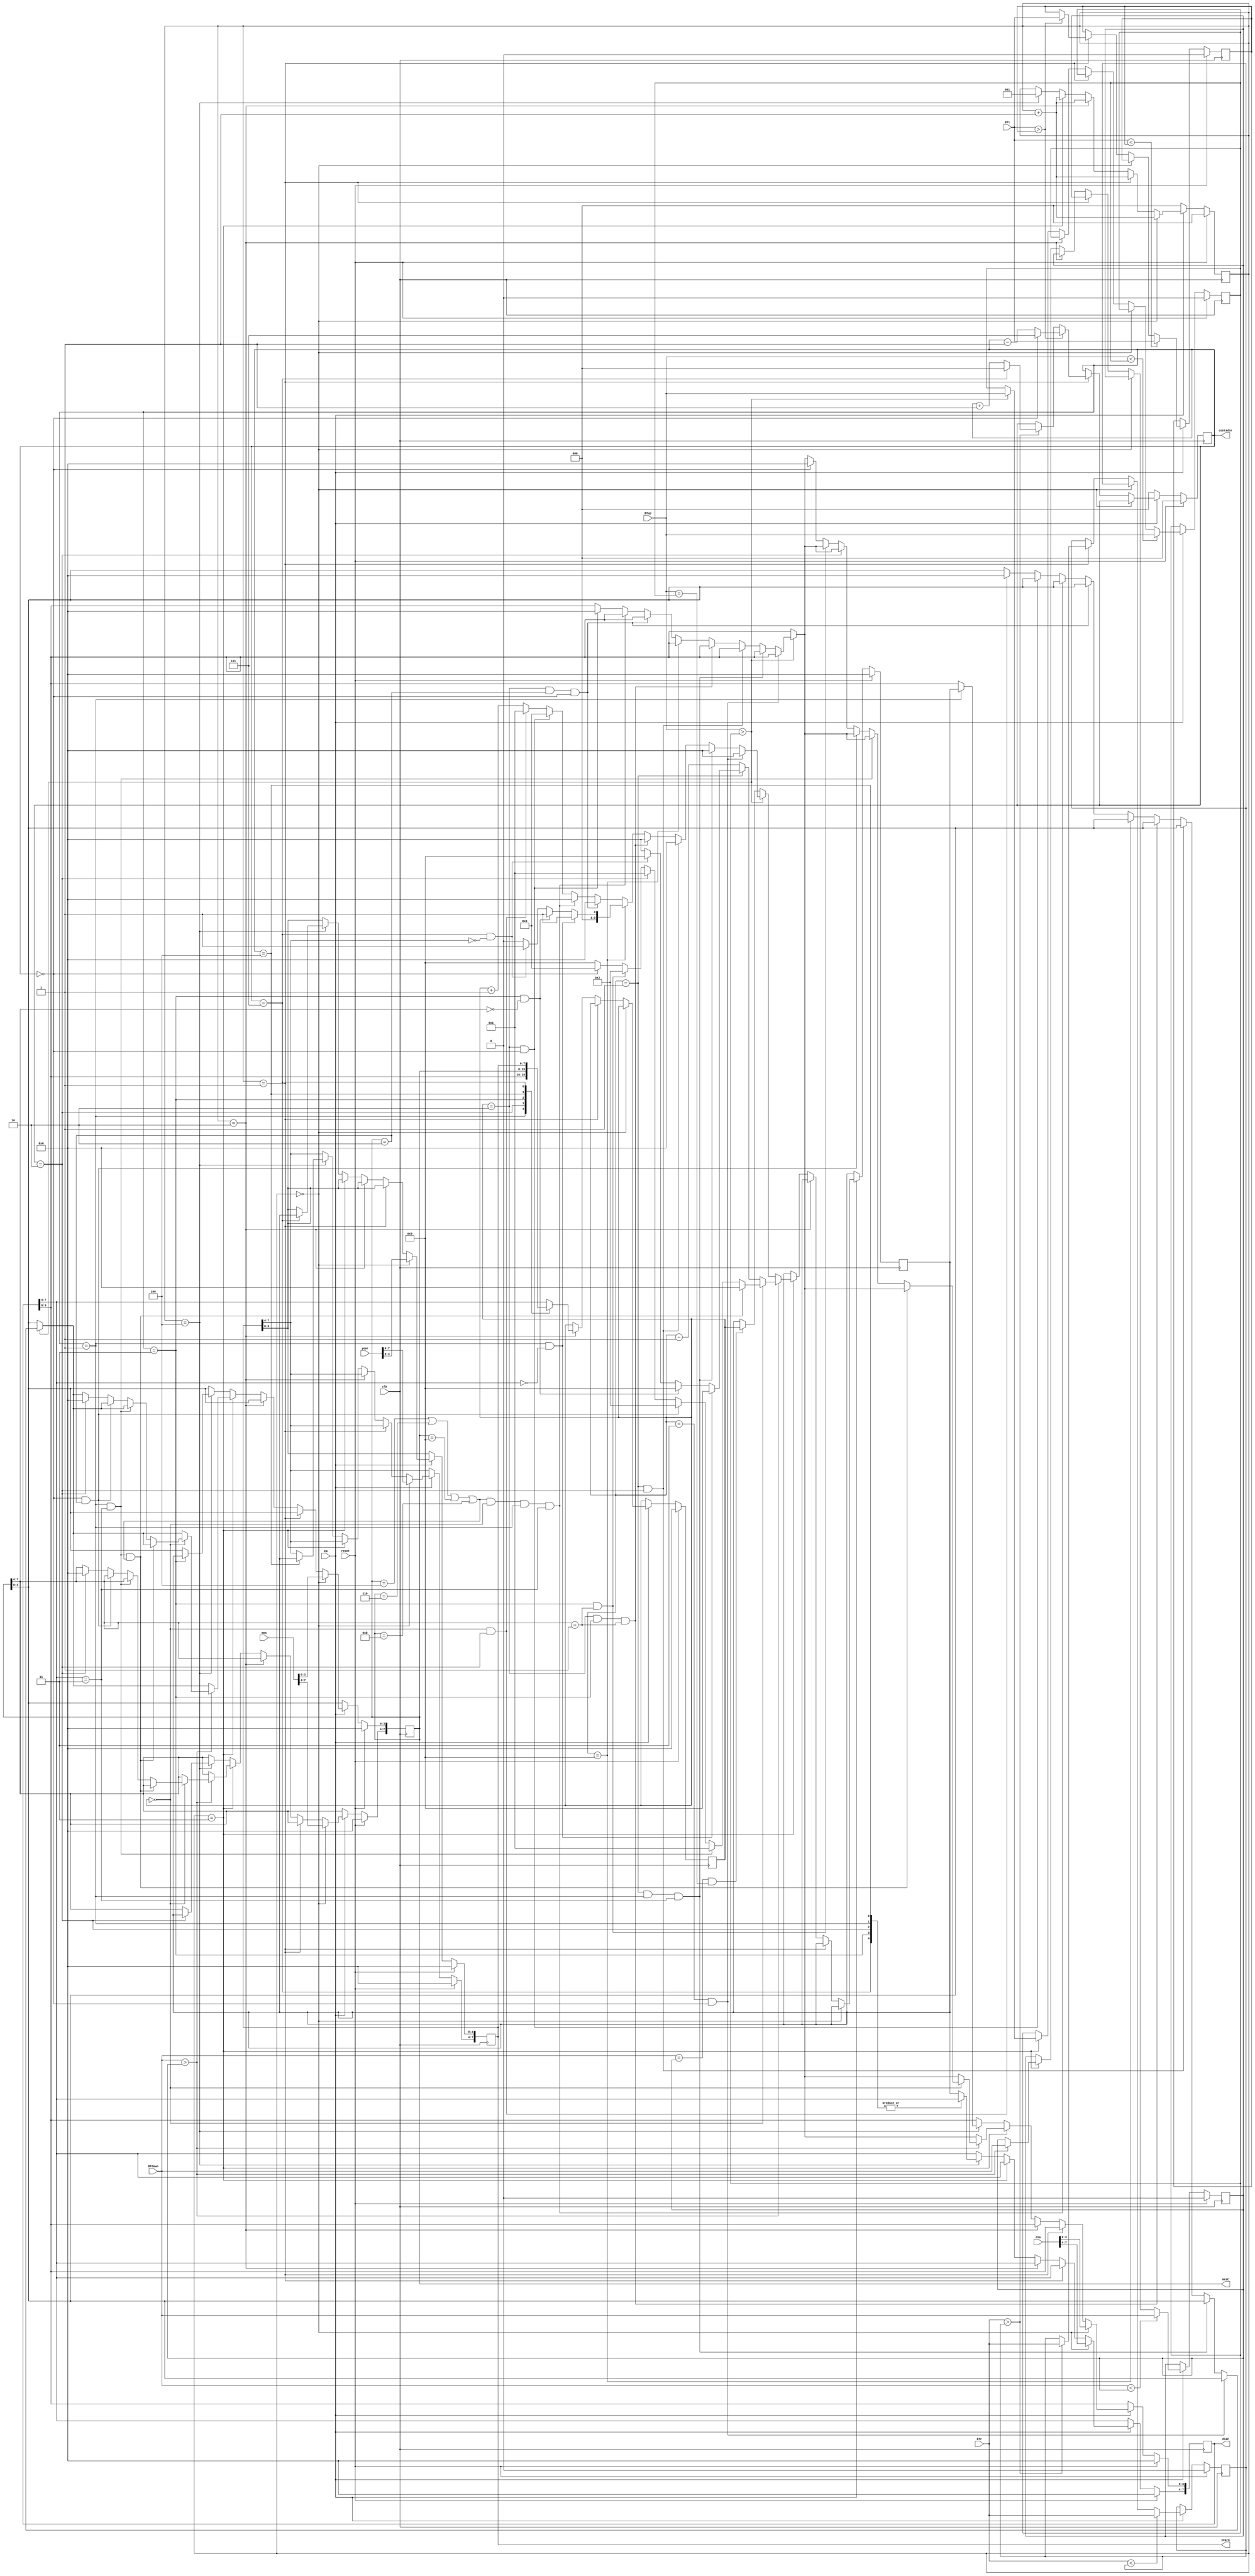
`timescale 1ns / 1ps
//////////////////////////////////////////////////////////////////////////////////
// Company: 
// Engineer: 
// 
// Design Name: 
// Module Name:    EscrituraFecha 
// Project Name: 
// Target Devices: 
// Tool versions: 
// Description: 
//
// Dependencies: 
//
// Revision: 
// Revision 0.01 - File Created
// Additional Comments: 
//
//////////////////////////////////////////////////////////////////////////////////
module EscrituraFecha(
    input [7:0] dia,
    input [7:0] mes,
    input [7:0] year,
	 input EN,
    input BTup,
    input BTdown,
    input BTl,
    input BTr,
	 input clk,
	 input reset,
    output reg [7:0] diaC,
    output reg [7:0] mesC,
    output reg [7:0] yearC,
	 output reg [2:0]contador
    );
	 
	 reg [2:0]step;
	 reg BTupref;
	 reg BTdownref;
	 reg BTlref;
	 reg BTrref;
	 reg [3:0] varin;
	 reg [3:0] varout;
	 
always @(posedge clk)
begin
	if (reset)
	begin
		contador<=0;
		step<=0;
		BTupref<=0;
		BTdownref<=0;
	   BTlref<=0;
	   BTrref<=0;
		diaC<=0;
		mesC<=0;
		yearC<=0;
		varout<=0;
		varin<=0;
		
		
	end
	else if (EN)
	begin
		
	if (step==0)
	begin
		diaC<=dia;
		mesC<=mes;
		yearC<=year;
		step<=step+1'b1;
	end
		
	else if (step==1)
		begin
		if (BTr>BTrref)
		begin
			if (contador==5)
			contador<=0;
			else contador<=contador+1'b1;
			BTrref<=BTr;
			
		end
		
		
		if (BTl>BTlref)
		begin
			if (contador==0)
			contador<=5;
			else contador<=contador-1'b1;
			BTlref<=BTl;
			
		end
		
		step<=step+1'b1;
		end
		
		else if (step==2)
			begin
			case (contador)
			3'b000: varin<=diaC[7:4];
			3'b001: varin<=diaC[3:0];
			3'b010: varin<=mesC[7:4];
			3'b011: varin<=mesC[3:0];
			3'b100: varin<=yearC[7:4];
			3'b101: varin<=yearC[3:0];
			default varin<=diaC[7:4];
			endcase
			step<=step+1'b1;
			end
		else if (step==3)
		begin
		if (BTdown==BTdownref && BTup==BTupref)
		varout<=varin;
		
		if (BTup>BTupref)
		begin
			if (varin==3 && contador==0)varout<=0;
			else if (varin==1&&contador==1&&diaC[7:4]==3)varout<=0;
			else if(varin==1 && contador==2)varout<=0;
			else if (varin==2 &&contador==3&&mesC[7:4]==1)varout<=0;
			else if (varin==9)
				begin
				if (contador==1&&diaC[7:4]==0)varout<=1;
				else if (contador==3&&mesC[7:4]==0)varout<=1;
				else if (contador==5&&yearC[7:4]==0)varout<=1;
				else varout<=0;
				end
			else if (varin==2 && mesC==2 && contador==0) varout<=0;
			else if ((mesC==4 || mesC==6 || mesC==9 || mesC==11)&&varin==0&&contador==1&&diaC[7:4]==3)varout<=0;
			else if (varin==2&&contador==0)
				begin
				varout<=3;
				diaC[3:0]<=0;
				end
			else if(varin==0 && contador==2)
				begin
				varout<=1;
				mesC[3:0]<=0;
				end
			else varout<=varin+1'b1;
			BTupref<=BTup;
		end
		
		
		if (BTdown>BTdownref)
		begin
			if (varin==0)
			begin
			if (contador==1&&diaC[7:4]==3&&(mesC==4 || mesC==6 || mesC==9 || mesC==11))varout<=0;
			else if (contador==1&&diaC[7:4]==3)varout<=1;
			else if(contador==0&&mesC==2)varout<=2;
			else if (contador==2)
				begin
				varout<=1;
				mesC<=0;
				end
			else if (contador==3&&mesC[7:4]==1)varout<=2;
			else if (contador==0)
				begin
				varout<=3;
				diaC[3:0]<=0;
				end
			else varout<=9;
			end
			else if (varin==1)
				begin
				if (contador==1&&diaC[7:4]==0)varout<=9;
				else if (contador==3&&mesC[7:4]==0)varout<=9;
				else if (contador==5&&yearC[7:4]==0)varout<=9;
				else if (contador==1&&diaC[7:4]!=0)varout<=0;
				else varout<=0;
				end
			else varout<=varin-1'b1;
			BTdownref<=BTdown;
			
		end
		step<=step+1'b1;
		end
		
		else if (step==4)
		begin
		case (contador)
			3'b000: diaC[7:4]<=varout;
			3'b001: diaC[3:0]<=varout;
			3'b010: mesC[7:4]<=varout;
			3'b011: mesC[3:0]<=varout;
			3'b100: yearC[7:4]<=varout;
			3'b101: yearC[3:0]<=varout;
			default diaC[7:4]<=varout;
		endcase
		step<=1;
		end
		
		if (BTup<BTupref)
			BTupref<=BTup;
		if (BTdown<BTdownref)
			BTdownref<=BTdown;
		if (BTr<BTrref)
			BTrref<=BTr;
		if (BTl<BTlref)
			BTlref<=BTl;
		
		
	end
	else 
	begin
	step<=0;
	contador<=0;
	end
end
endmodule